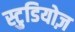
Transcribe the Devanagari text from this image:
स्टुडियोज़